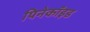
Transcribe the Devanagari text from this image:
पिनेकॉइड